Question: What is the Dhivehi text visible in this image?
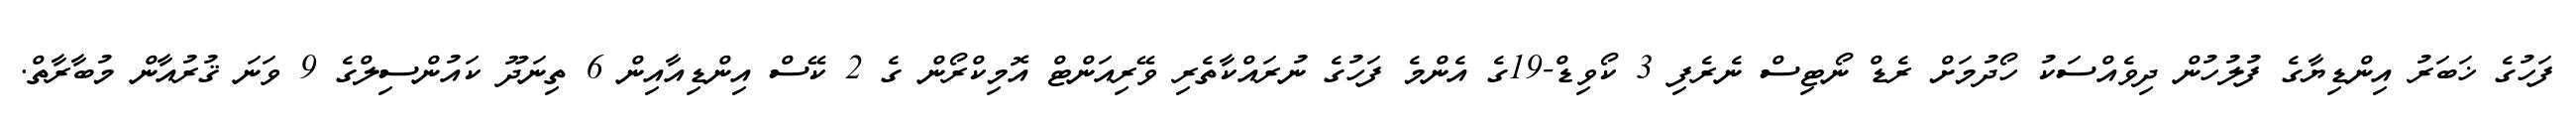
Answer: ފަހުގެ ޚަބަރު އިންޑިޔާގެ ފުލުހުން ދިވެއްސަކު ހޯދުމަށް ރެޑް ނޯޓިސް ނެރެފި 3 ކޯވިޑް-19ގެ އެންމެ ފަހުގެ ނުރައްކާތެރި ވޭރިއަންޓް އޮމިކްރޯން ގެ 2 ކޭސް އިންޑިއާއިން 6 ތިނަދޫ ކައުންސިލްގެ 9 ވަނަ ޤުރުއާން މުބާރާތް.